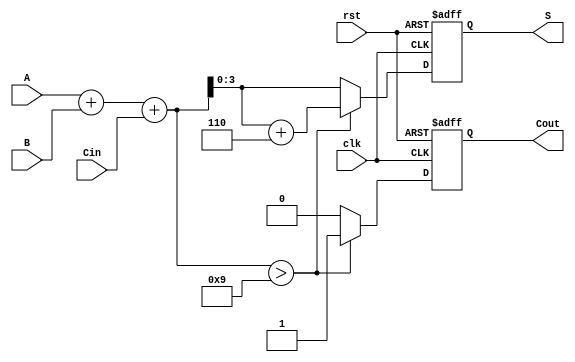
module BCD_Sequential_Adder (
    input wire clk,          // Clock input
    input wire rst,          // Reset input
    input wire [3:0] A,      // First BCD digit
    input wire [3:0] B,      // Second BCD digit
    input wire Cin,          // Carry-in
    output reg [3:0] S,      // BCD result
    output reg Cout          // Carry-out
);

    reg [4:0] sum;           // 5-bit sum to accommodate carry

    // Sequential logic to perform addition on the rising edge of the clock
    always @(posedge clk or posedge rst) begin
        if (rst) begin
            S <= 4'b0000;     // Reset BCD result to 0
            Cout <= 1'b0;     // Reset carry-out
        end else begin
            // Calculate the initial sum
            sum = A + B + Cin;

            // Check if the sum exceeds 9
            if (sum > 9) begin
                sum = sum + 5'd6; // BCD adjustment
                Cout = 1'b1;       // Set carry-out
            end else begin
                Cout = 1'b0;       // No carry-out
            end
            
            // Assign the BCD result
            S = sum[3:0]; // Take the lower 4 bits as the result
        end
    end
endmodule